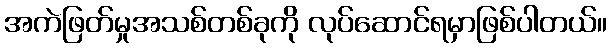
အကဲဖြတ်မှုအသစ်တစ်ခုကို လုပ်ဆောင်ရမှာဖြစ်ပါတယ်။